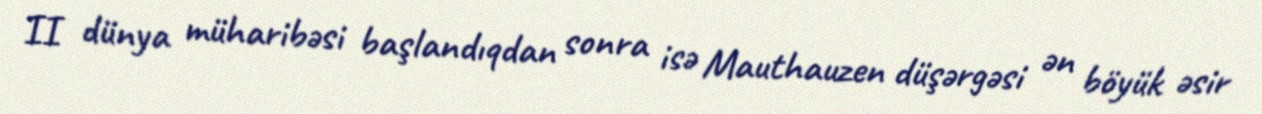
II dünya müharibəsi başlandıqdan sonra isə Mauthauzen düşərgəsi ən böyük əsir